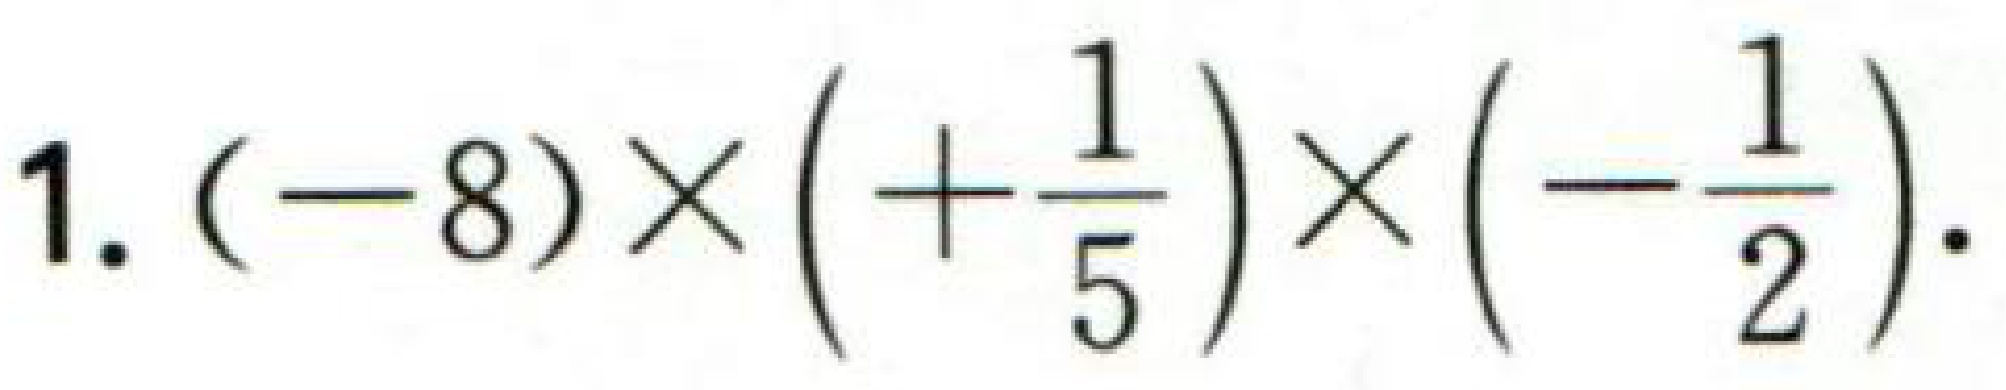
$1.(-8)\times(+\frac{1}{5})\times(-\frac{1}{2}).$